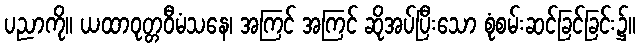
ပညာကို။ ယထာဝုတ္တဝီမံသနေ၊ အကြင် အကြင် ဆိုအပ်ပြီးသော စုံစမ်းဆင်ခြင်ခြင်း၌။